Lui_Olesk, lk 6
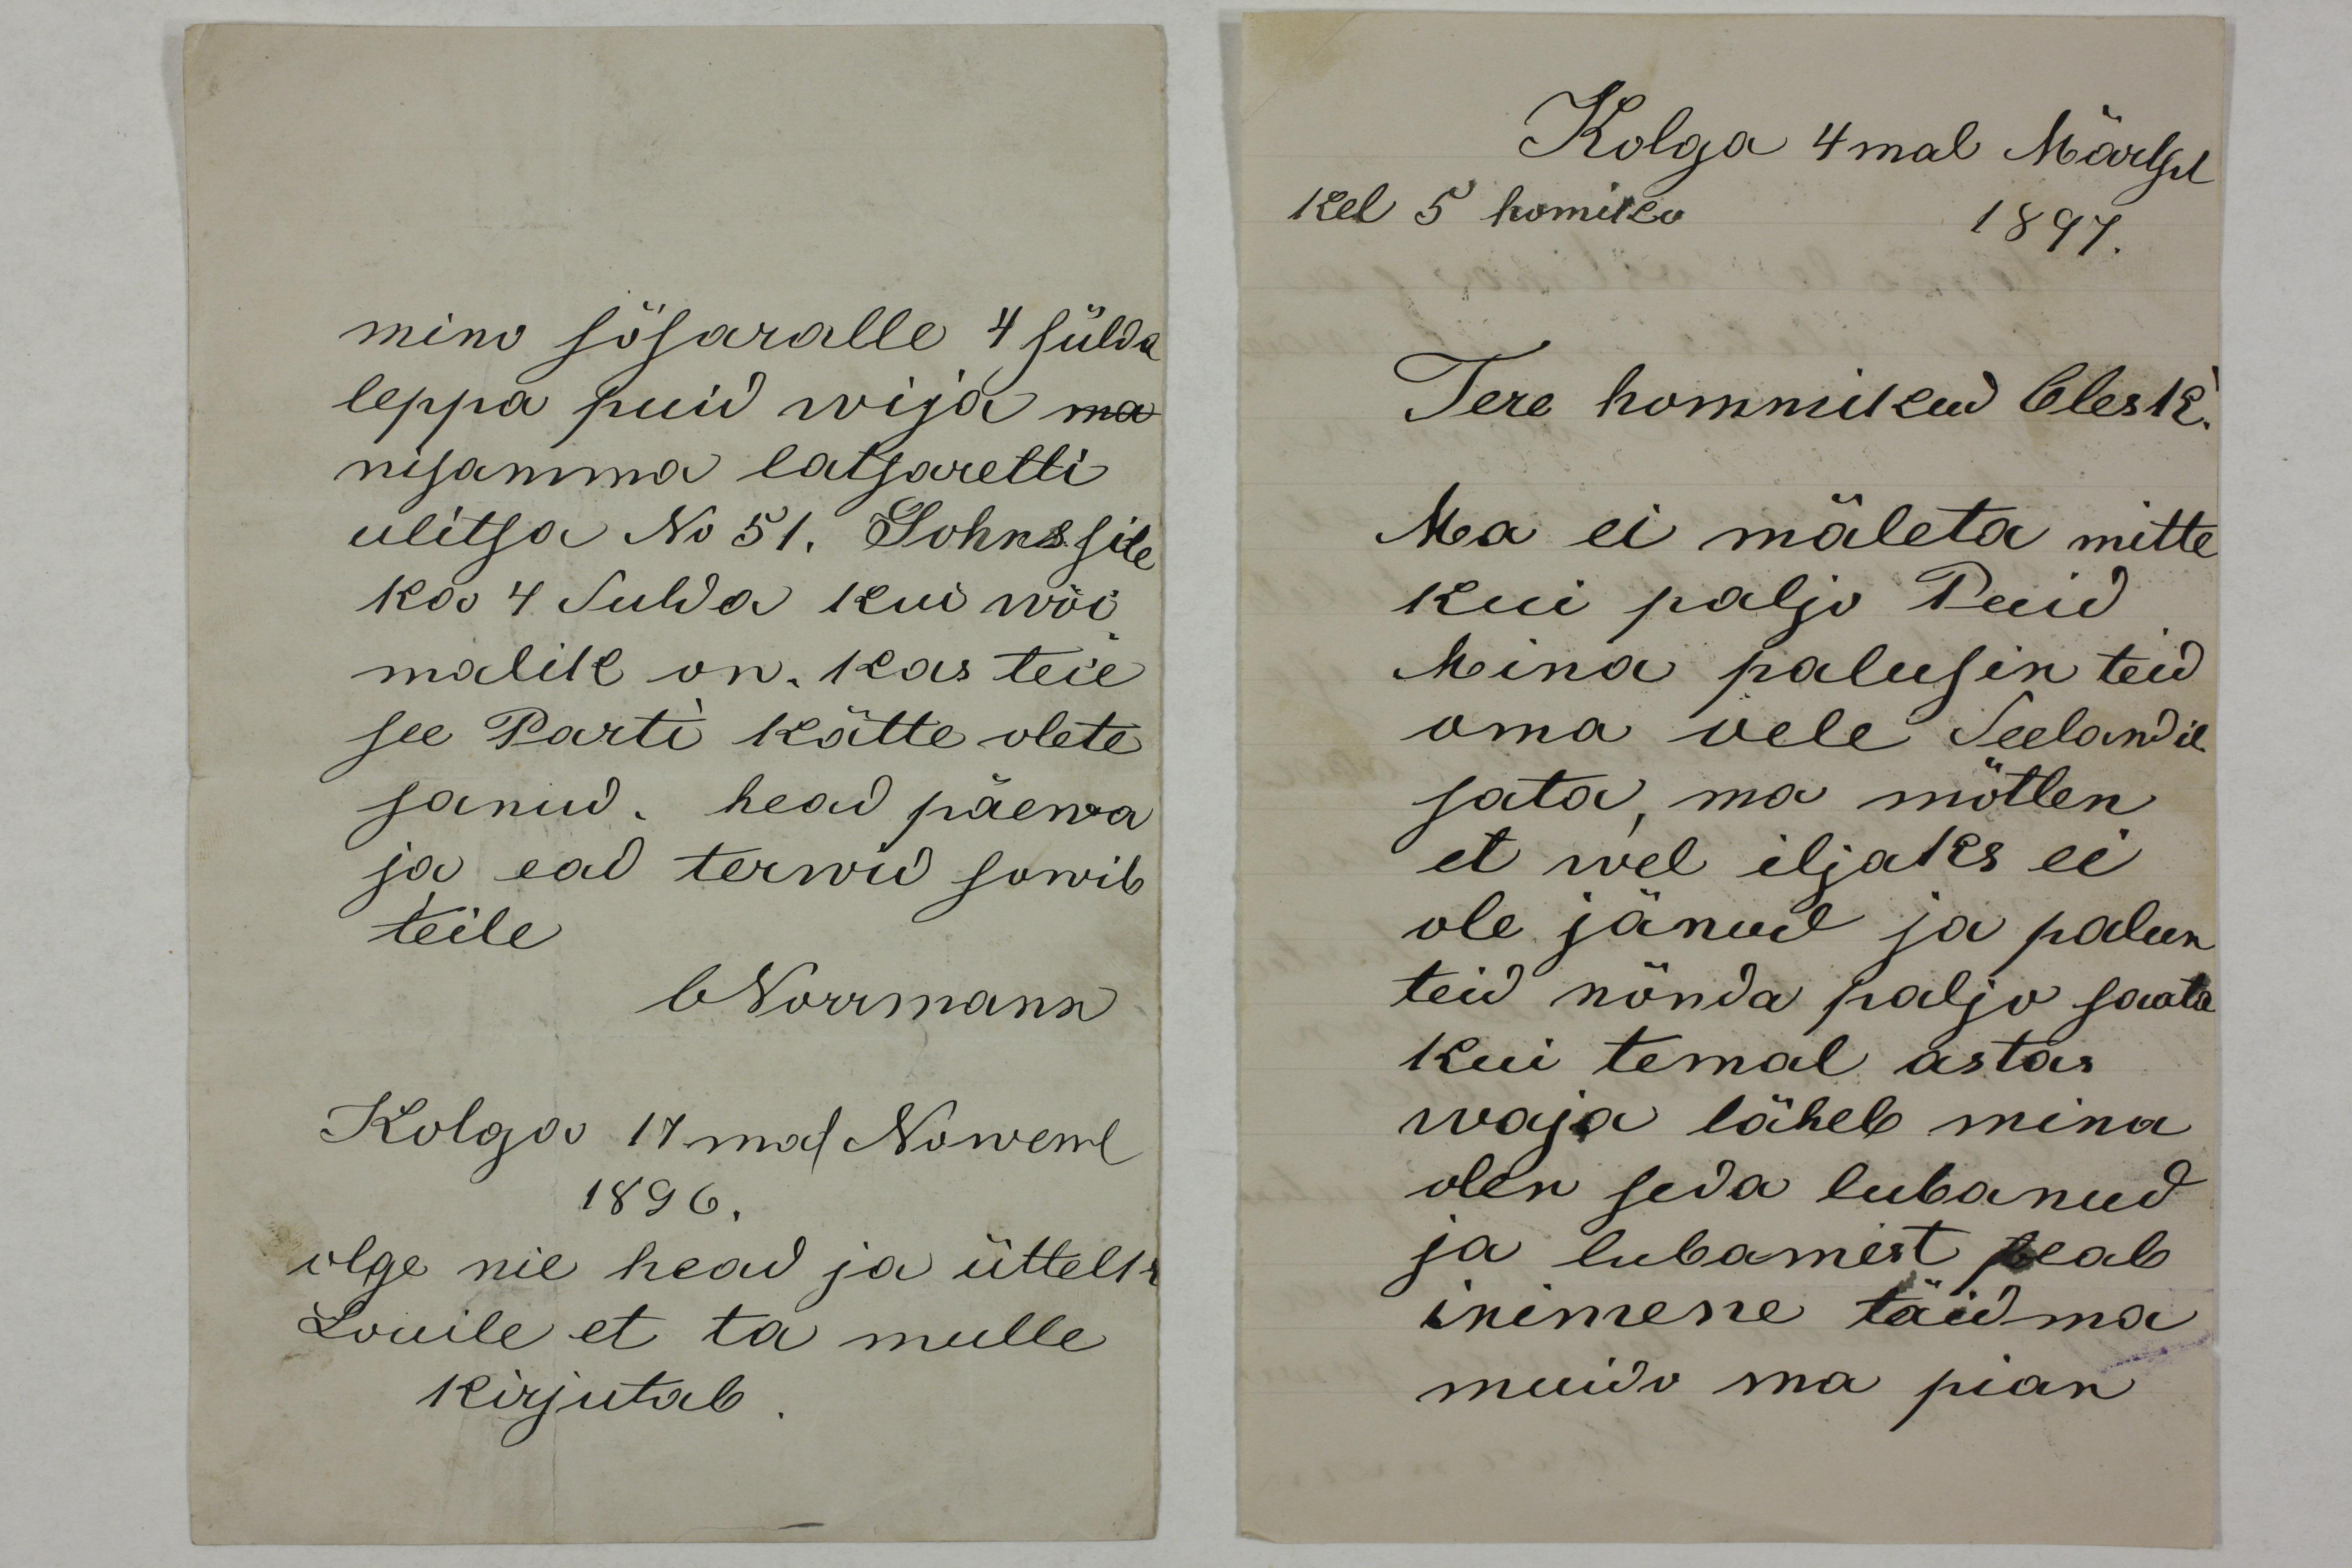
mino sösaralle 4 sülda
leppa puid wija ma 
nisamma latsaretti
ulitsa No 51. Sohnssile
ka 4 Sulda kui wõi-
malik on. Kas teie
see Parti kätte olete
sanud. head päewa
ja ead terwid sowib
teile
ONorrmann
Kolga 17 mal Noweml
1896.
olge nie head ja üttelk
Louile et ta mulle
kirjutab.

Kolga 4mal Märtsil
kel 5 homiko
1897.
Tere hommikud Olesk!
Ma ei mäleta mitte
kui palju Puid
Mina palusin teid
oma oele Seelandile
sata, ma mõtlen
et wel iljaks ei 
ole jänud ja palun
teid nõnda paljo saata
kui temal astas
waja läheb mina
olen seda lubanud 
ja lubamist peab
inimene täidma
muido ma pian